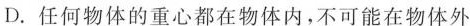
D.任何物体的重心都在物体内，不可能在物体外